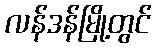
လန်ဒန်မြို့တွင်